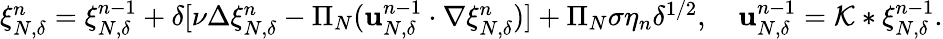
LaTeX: \begin{array}{r}{\xi_{N,\delta}^{n}=\xi_{N,\delta}^{n-1}+\delta[\nu\Delta\xi_{N,\delta}^{n}-\Pi_{N}(\mathbf{u}_{N,\delta}^{n-1}\cdot\nabla\xi_{N,\delta}^{n})]+\Pi_{N}\sigma\eta_{n}\delta^{1/2},\quad\mathbf{u}_{N,\delta}^{n-1}=\mathcal{K}\ast\xi_{N,\delta}^{n-1}.}\end{array}